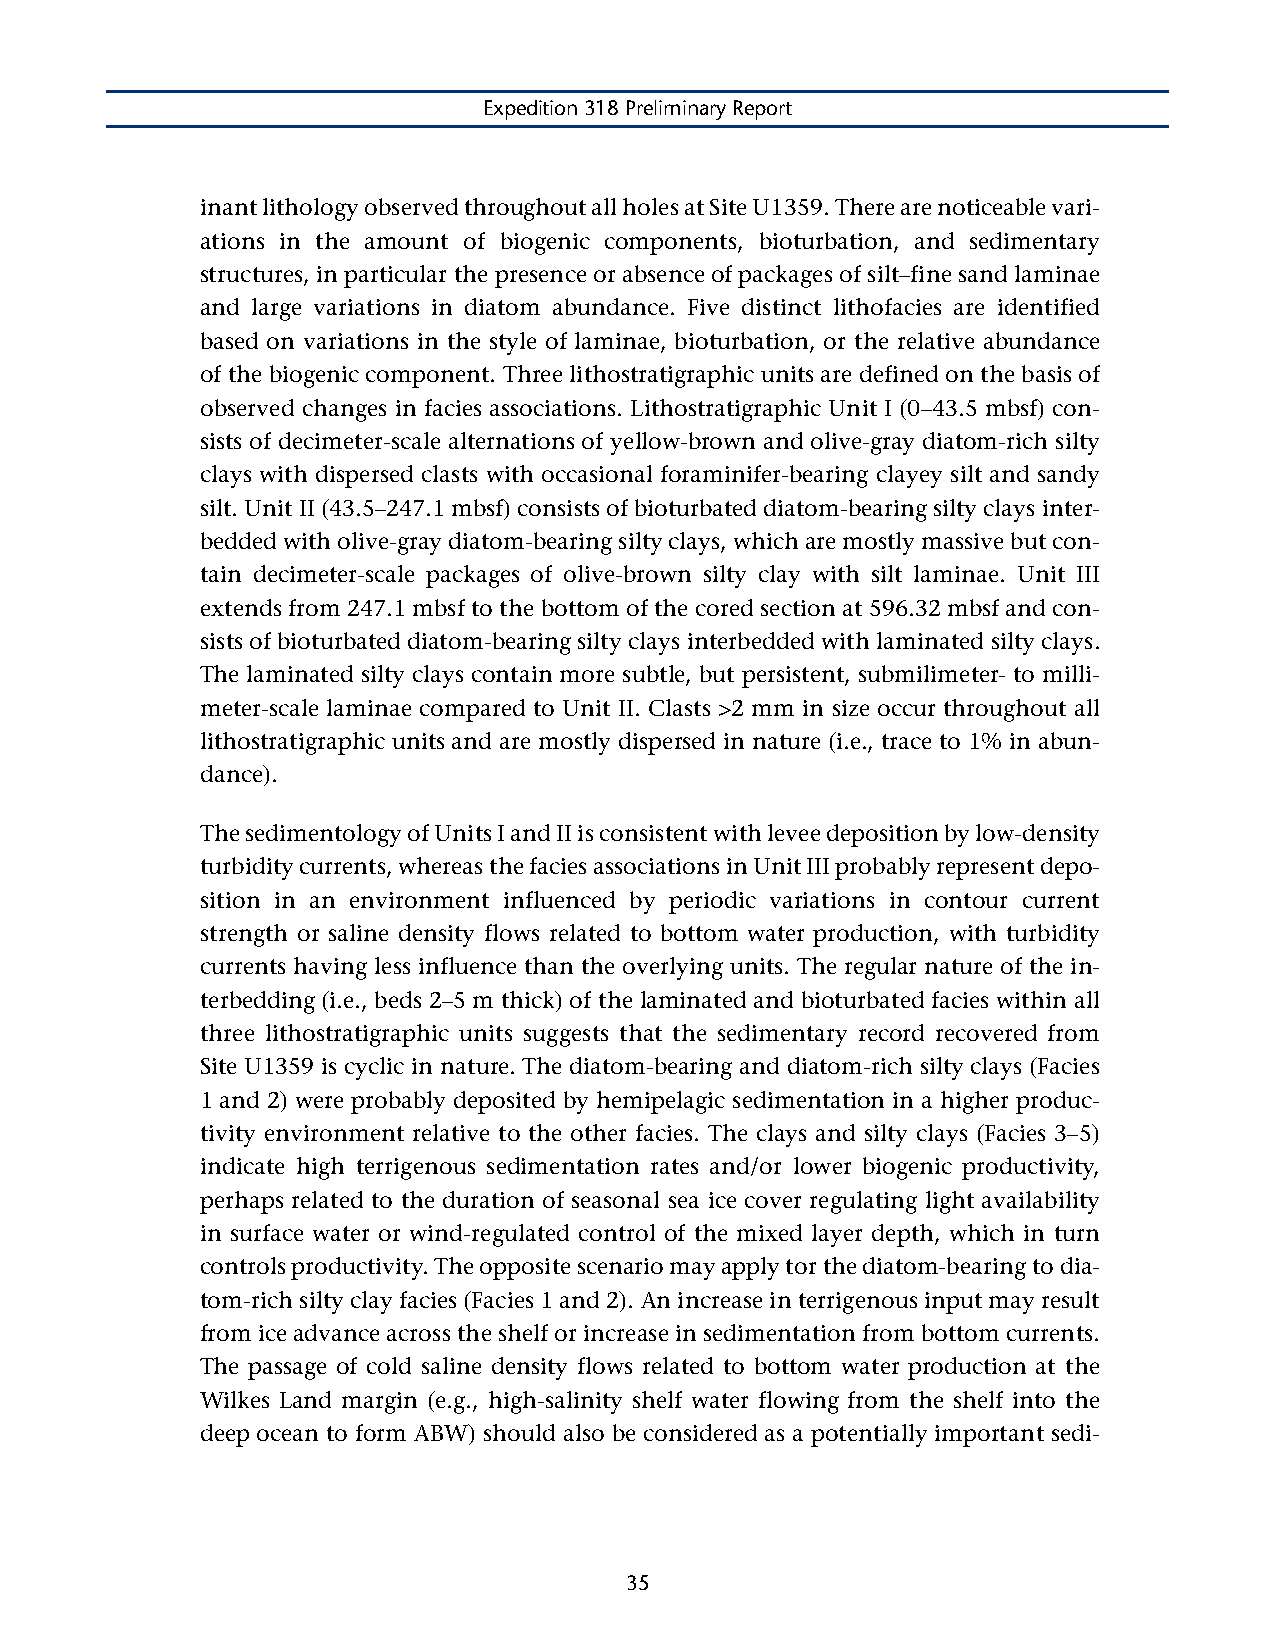
Expedition 318 Preliminary Report
 inant lithology observed throughout all holes at Site U1359. There are noticeable vari-
 ations in the amount of biogenic components, bioturbation, and sedimentary
 structures, in particular the presence or absence of packages of silt–fine sand laminae
 and large variations in diatom abundance. Five distinct lithofacies are identified
 based on variations in the style of laminae, bioturbation, or the relative abundance
 of the biogenic component. Three lithostratigraphic units are defined on the basis of
 observed changes in facies associations. Lithostratigraphic Unit I (0–43.5 mbsf) con-
 sists of decimeter-scale alternations of yellow-brown and olive-gray diatom-rich silty
 clays with dispersed clasts with occasional foraminifer-bearing clayey silt and sandy
 silt. Unit II (43.5–247.1 mbsf) consists of bioturbated diatom-bearing silty clays inter-
 bedded with olive-gray diatom-bearing silty clays, which are mostly massive but con-
 tain decimeter-scale packages of olive-brown silty clay with silt laminae. Unit III
 extends from 247.1 mbsf to the bottom of the cored section at 596.32 mbsf and con-
 sists of bioturbated diatom-bearing silty clays interbedded with laminated silty clays.
 The laminated silty clays contain more subtle, but persistent, submilimeter- to milli-
 meter-scale laminae compared to Unit II. Clasts >2 mm in size occur throughout all
 lithostratigraphic units and are mostly dispersed in nature (i.e., trace to 1% in abun-
 dance).
 The sedimentology of Units I and II is consistent with levee deposition by low-density
 turbidity currents, whereas the facies associations in Unit III probably represent depo-
 sition in an environment influenced by periodic variations in contour current
 strength or saline density flows related to bottom water production, with turbidity
 currents having less influence than the overlying units. The regular nature of the in-
 terbedding (i.e., beds 2–5 m thick) of the laminated and bioturbated facies within all
 three lithostratigraphic units suggests that the sedimentary record recovered from
 Site U1359 is cyclic in nature. The diatom-bearing and diatom-rich silty clays (Facies
 1 and 2) were probably deposited by hemipelagic sedimentation in a higher produc-
 tivity environment relative to the other facies. The clays and silty clays (Facies 3–5)
 indicate high terrigenous sedimentation rates and/or lower biogenic productivity,
 perhaps related to the duration of seasonal sea ice cover regulating light availability
 in surface water or wind-regulated control of the mixed layer depth, which in turn
 controls productivity. The opposite scenario may apply tor the diatom-bearing to dia-
 tom-rich silty clay facies (Facies 1 and 2). An increase in terrigenous input may result
 from ice advance across the shelf or increase in sedimentation from bottom currents.
 The passage of cold saline density flows related to bottom water production at the
 Wilkes Land margin (e.g., high-salinity shelf water flowing from the shelf into the
 deep ocean to form ABW) should also be considered as a potentially important sedi-
 35